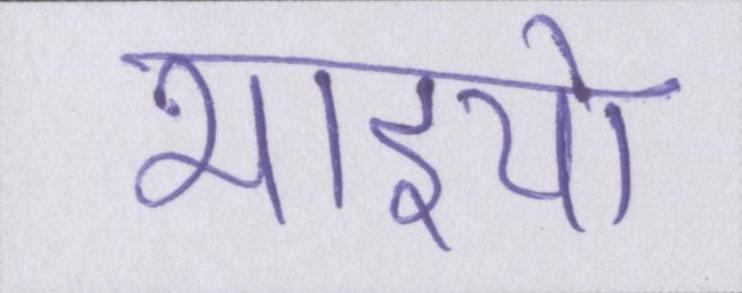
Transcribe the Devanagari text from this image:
भाइयो